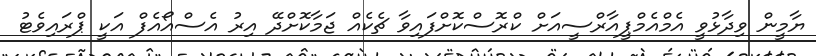
ޔާމީން ވިދާޅުވީ އެމްއެމްޕީއާރްސީއަށް ކްރޮސްކޮށްފައިވާ ޗެކެއް ޖަމާކޮށްދޭ އިރު އެސްއޯއެފް އަކީ ޕްރައިވެޓު